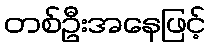
တစ်ဦးအနေဖြင့်